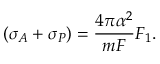
( \sigma _ { A } + \sigma _ { P } ) = { \frac { 4 \pi \alpha ^ { 2 } } { m { \cal F } } } F _ { 1 } .